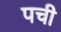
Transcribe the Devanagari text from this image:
पची